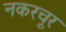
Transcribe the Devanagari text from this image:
नकरचूर